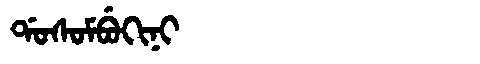
Manchu: ᡩᠣᠰᠣᠮᠪᡠᡴᡳᠨᡳ
Romanization: DOSOMBUKINI